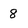
Character: 8